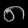
Digit: ၈